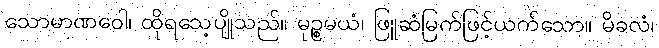
သောမာဏဝေါ၊ ထိုရသေ့ပျိုသည်။ မုဉ္စမယံ၊ ဖြူဆံမြက်ဖြင့်ယက်သော။ မိခလံ၊